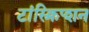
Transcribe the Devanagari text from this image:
टांस्क्रिप्शन